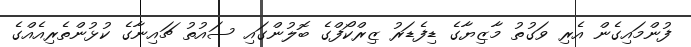
ފުންމައިގެން އެރި ވަގުތު މާޒިޔާގެ ޑިފެޑަރު ޒިރްކޯފްގެ ބޮލުންގައި ސައުތު ޗައިނާގެ ކުޅުންތެރިއެއްގެ